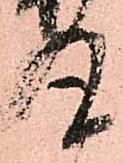
丸